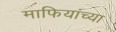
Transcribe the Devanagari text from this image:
माफियांच्या